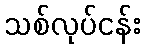
သစ်လုပ်ငန်း